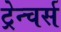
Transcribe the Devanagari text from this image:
ट्रेन्चर्स